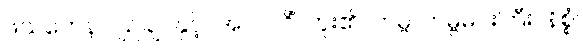
ဖသကေန၊ ပျဉ်ချပ်နှင့်။ အပလဝိံ၊ ကူး၏။ တမ္ဗ၊ တမ္ဗမင်းကြီး။ နိစ္စံ၊